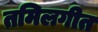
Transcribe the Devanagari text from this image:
तमिलगीत